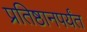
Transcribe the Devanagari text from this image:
प्रतिष्ठानपर्यंत